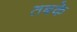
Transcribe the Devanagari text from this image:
तबके़